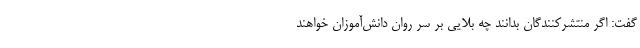
گفت: اگر منتشرکنندگان بدانند چه بلایی بر سر روان دانش‌آموزان خواهند